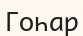
Гоһар